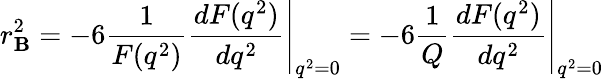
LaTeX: r_{\mathbf{B}}^{2}=-6\left.\frac{{1}}{{F(q^{2})}}\frac{{dF(q^{2})}}{{dq^{2}}}\right|_{q^{2}=0}=-6\left.\frac{{1}}{{Q}}\frac{{dF(q^{2})}}{{dq^{2}}}\right|_{q^{2}=0}